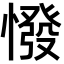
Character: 𢠺